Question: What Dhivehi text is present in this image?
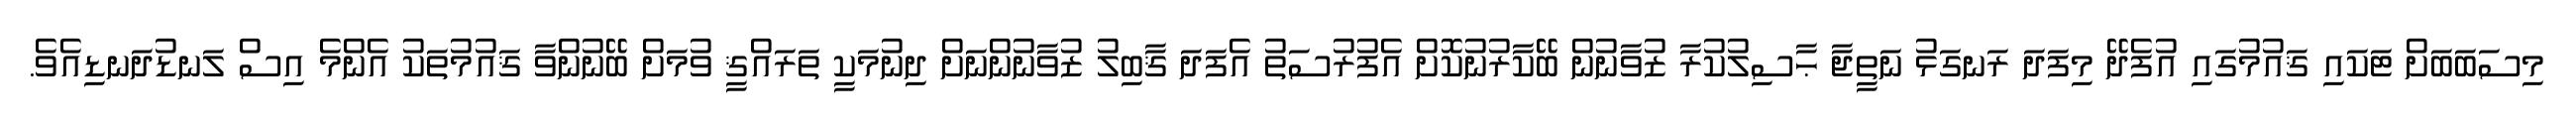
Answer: މިސަބަބަށް ޓަކައި ޤައުމުގައި އުފެދޭ މިފަދަ ރަނގަޅު ނަތީޖާ ޙާސިލުކުރާ ޒުވާނުން ބޭކާރުނުކޮށް އެފުރުސަތު އެފަދަ ޤާބިލު ޒުވާނުންނަށް ދިނުމަކީ ތަރައްޤީ ވުމަށް ބޭނުންވާ ޤައުމުތަކު އެންމެ އިސް ލަނޑުދަނޑިއެވެ.